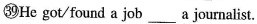
㊴He got/found a job ___ a journalist.